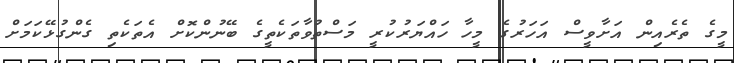
މީގެ ތެރެއިން އަށާވީސް އަހަރުގެ މީހާ ހައްޔަރުކުރީ މަސްތުވާތަކެތީގެ ބޭނުންކޮށް އެތަކެތި ގެންގުޅޭކަމަށް